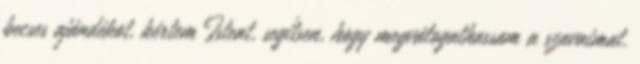
becses ajándékot, kértem Istent, segítsen, hogy megválogathassam a szavaimat.